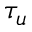
\tau _ { u }